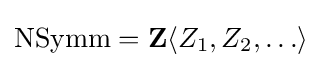
\operatorname {NSymm} =\mathbf {Z} \langle Z_{1},Z_{2},\ldots \rangle